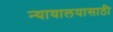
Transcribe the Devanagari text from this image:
न्यायालयासाठी